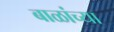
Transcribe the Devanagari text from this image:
बाळांच्या